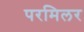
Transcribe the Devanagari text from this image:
परमिलर